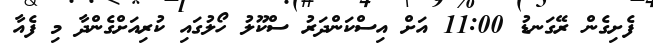
ފެށިގެން ރޭގަނޑު 11:00 އަށް އިސްކަންދަރު ސްކޫލު ހޯލުގައި ކުރިއަށްގެންދާ މި ފެއާ